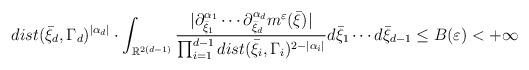
LaTeX: \begin{align*} dist(\bar{\xi}_{d},\Gamma_{d})^{|\alpha_{d}|}\cdot\int_{\mathbb{R}^{2(d-1)}} \frac{|\partial^{\alpha_{1}}_{\bar{\xi}_{1}}\cdots\partial^{\alpha_{d}}_{\bar{\xi}_{d}}m^{\varepsilon}(\bar{\xi})|}{\prod_{i=1}^{d-1} dist(\bar{\xi}_{i},\Gamma_{i})^{2-|\alpha_{i}|}}d\bar{\xi}_{1}\cdots d\bar{\xi}_{d-1}\leq B(\varepsilon)<+\infty\end{align*}